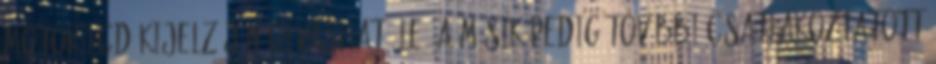
motor LCD-kijelzőjén olvasható le, a másik pedig további csatlakoztatott